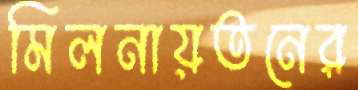
মিলনায়তনের